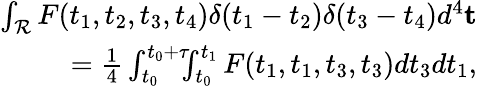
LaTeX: \begin{array}{r}{\int_{\mathcal{R}}F(t_{1},t_{2},t_{3},t_{4})\delta(t_{1}-t_{2})\delta(t_{3}-t_{4})d^{4}\mathbf{t}}\\ {=\frac{1}{4}\int_{t_{0}}^{t_{0}+\tau}\! \! \! \int_{t_{0}}^{t_{1}}F(t_{1},t_{1},t_{3},t_{3})dt_{3}dt_{1},}\end{array}